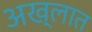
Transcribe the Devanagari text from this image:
अख्लात